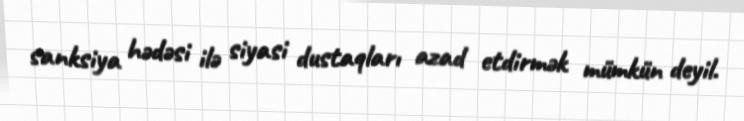
sanksiya hədəsi ilə siyasi dustaqları azad etdirmək mümkün deyil.